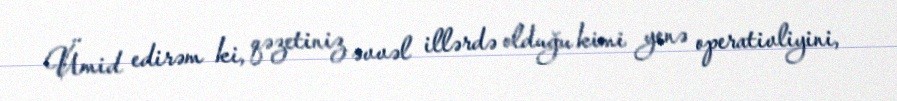
Ümid edirəm ki, qəzetiniz əvvəl illərdə olduğu kimi yenə operativliyini,